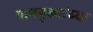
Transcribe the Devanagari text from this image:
पाणबुड्यांच्या